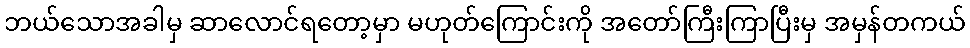
ဘယ်သောအခါမှ ဆာလောင်ရတော့မှာ မဟုတ်ကြောင်းကို အတော်ကြီးကြာပြီးမှ အမှန်တကယ်